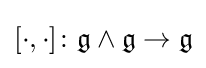
[\cdot ,\cdot ]\colon {\mathfrak {g}}\wedge {\mathfrak {g}}\to {\mathfrak {g}}